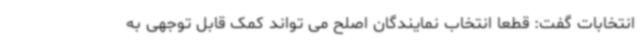
انتخابات گفت: قطعا انتخاب نمایندگان اصلح می تواند کمک قابل توجهی به